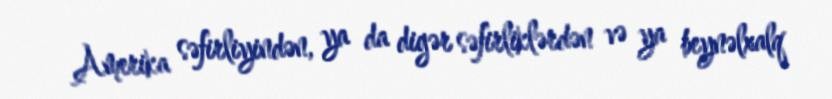
Amerika səfirliyindən, ya da digər səfirliklərdən və ya beynəlxalq